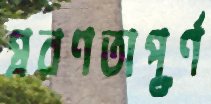
প্রবণতাপূর্ণ